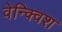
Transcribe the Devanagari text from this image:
वेन्क्विश